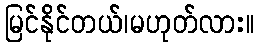
မြင်နိုင်တယ်၊မဟုတ်လား။